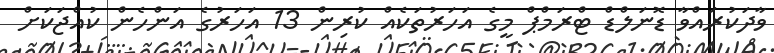
ވާދަކުރައްވާ ޑޮނަލްޑް ޓްރަމްޕް މީގެ އަހަރުތަކެއް ކުރިން 13 އަހަރުގެ އަންހެން ކުއްޖަކަށް